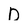
Character: D